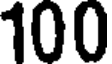
100